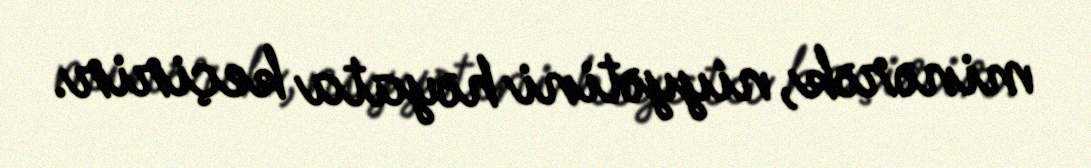
minərək, niyyətini həyata keçirir.